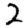
Digit: 2